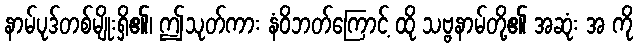
နာမ်ပုဒ်တစ်မျိုးရှိ၏၊ ဤသုတ်ကား နံဝိဘတ်ကြောင့် ထို သဗ္ဗနာမ်တို့၏ အဆုံး အ ကို